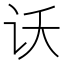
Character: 𫍚